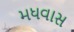
મધવાસ